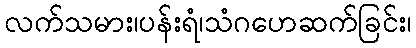
လက်သမား၊ပန်းရံ၊သံဂဟေဆက်ခြင်း၊